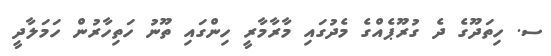
ސ. ހިތަދޫގެ ދެ ގުރޫޕެއްގެ މެދުގައި މާރާމާރީ ހިންގައި ތޫނު ހަތިހާރުން ހަމަލާދީ